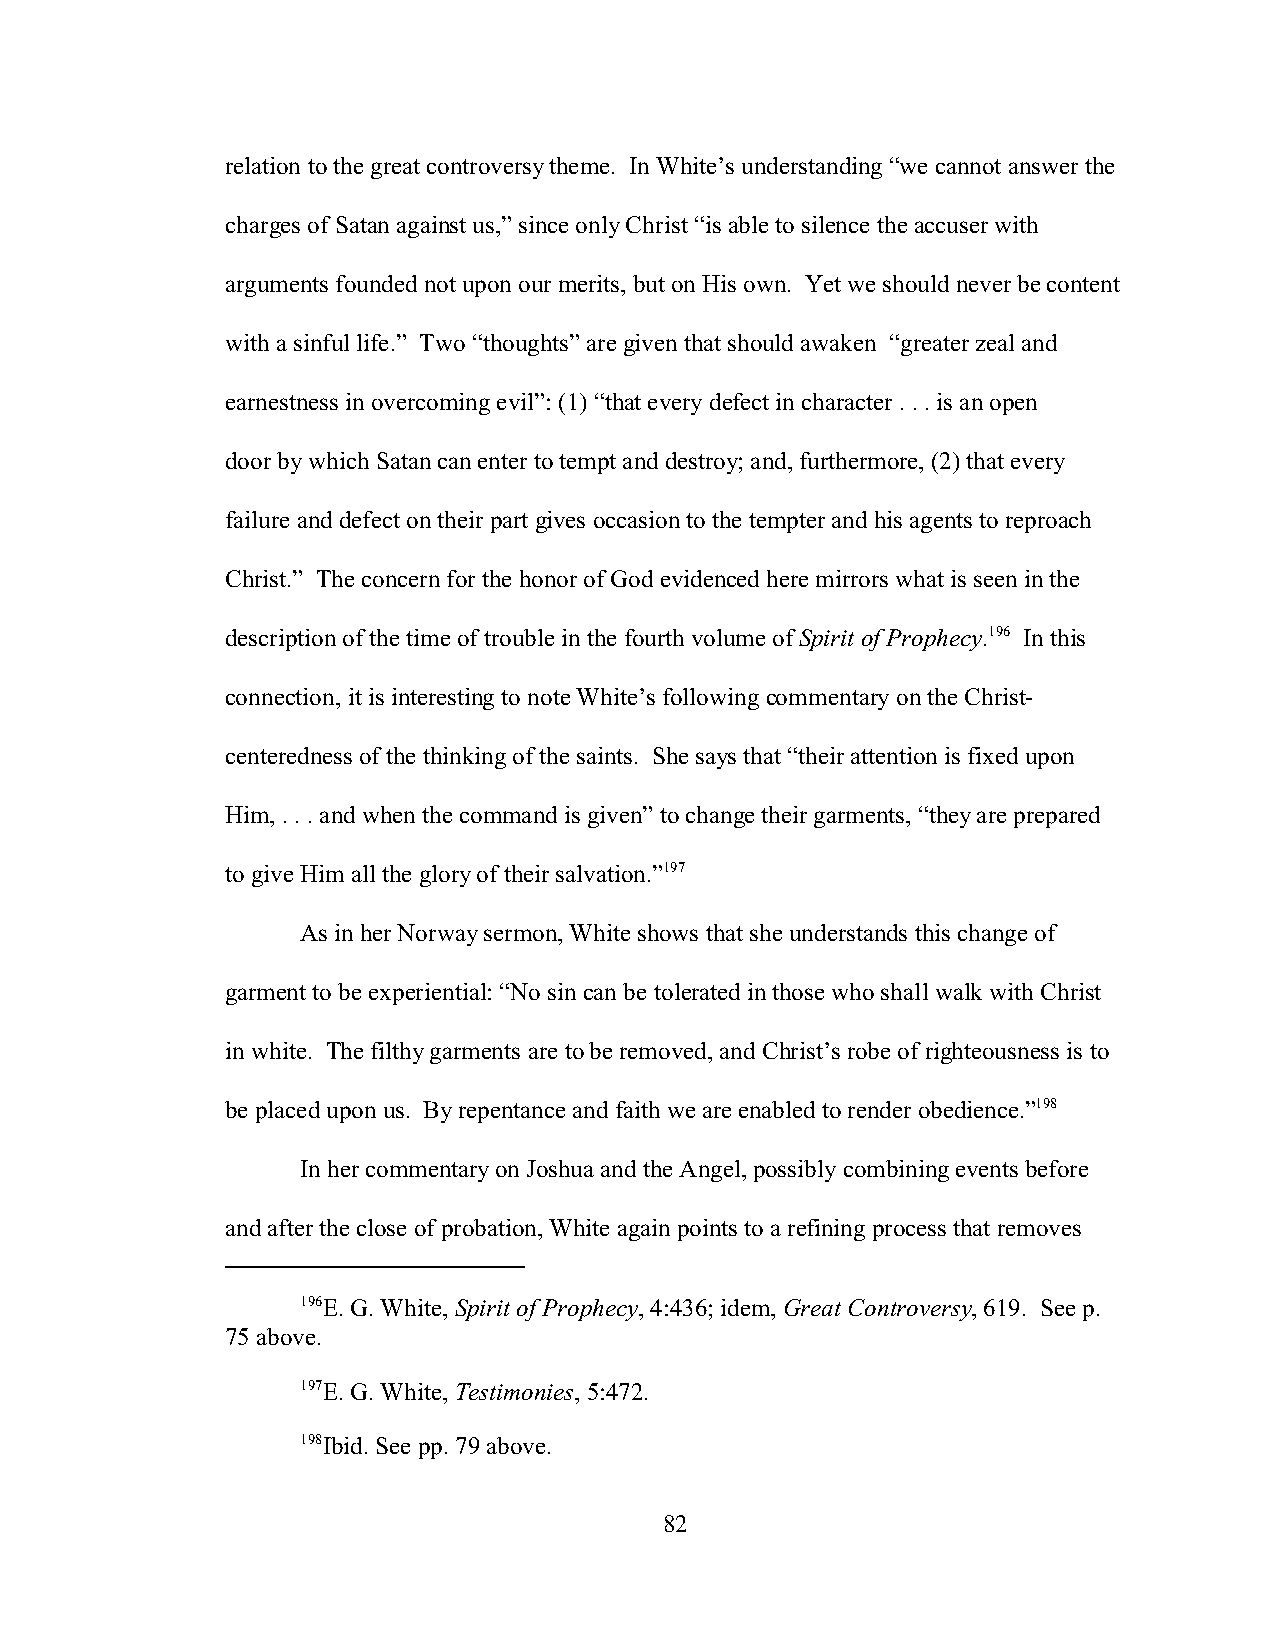
relation to the great controversy theme. In White’s understanding “we cannot answer the
 charges of Satan against us,” since only Christ “is able to silence the accuser with
 arguments founded not upon our merits, but on His own. Yet we should never be content
 with a sinful life.” Two “thoughts” are given that should awaken “greater zeal and
 earnestness in overcoming evil”: (1) “that every defect in character . . . is an open
 door by which Satan can enter to tempt and destroy; and, furthermore, (2) that every
 failure and defect on their part gives occasion to the tempter and his agents to reproach
 Christ.” The concern for the honor of God evidenced here mirrors what is seen in the
 description of the time of trouble in the fourth volume of Spirit of Prophecy.196 In this
 connection, it is interesting to note White’s following commentary on the Christ-
 centeredness of the thinking of the saints. She says that “their attention is fixed upon
 Him, . . . and when the command is given” to change their garments, “they are prepared
 to give Him all the glory of their salvation.”197
 As in her Norway sermon, White shows that she understands this change of
 garment to be experiential: “No sin can be tolerated in those who shall walk with Christ
 in white. The filthy garments are to be removed, and Christ’s robe of righteousness is to
 be placed upon us. By repentance and faith we are enabled to render obedience.”198
 In her commentary on Joshua and the Angel, possibly combining events before
 and after the close of probation, White again points to a refining process that removes
 196E. G. White, Spirit of Prophecy, 4:436; idem, Great Controversy, 619. See p.
 75 above.
 197E. G. White, Testimonies, 5:472.
 198Ibid. See pp. 79 above.
 82